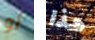
أو هذا